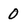
Character: 0